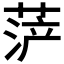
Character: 𱽼